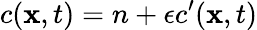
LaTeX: c(\mathbf{x},t)=n+\epsilon c^{\prime}(\mathbf{x},t)